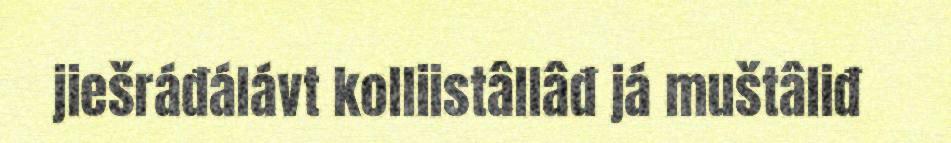
jiešráđálávt kolliistâllâđ já muštâliđ